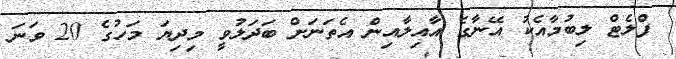
ފްލެޓް ލިބުމާއެކު އޭނާގެ އާއިލާއިން އެތަނަށް ބަދަލުވީ މިދިޔަ މަހުގެ 20 ވަނަ